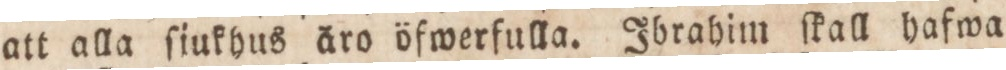
att alla ſiukhus äro öfwerfulla. Ibrahim ſkall hafwa